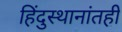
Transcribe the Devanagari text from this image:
हिंदुस्थानांतही